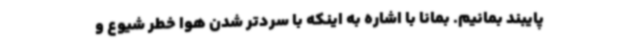
پایبند بمانیم. بمانا با اشاره به اینکه با سردتر شدن هوا خطر شیوع و